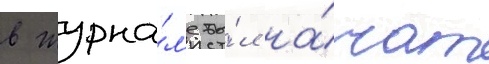
в журна́л'е бы́л на́чат